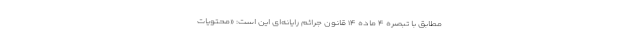
مطابق با تبصره ۴ ماده ۱۴ قانون جرائم رایانه‌ای این است: «محتویات